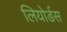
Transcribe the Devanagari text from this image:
लियोर्डस